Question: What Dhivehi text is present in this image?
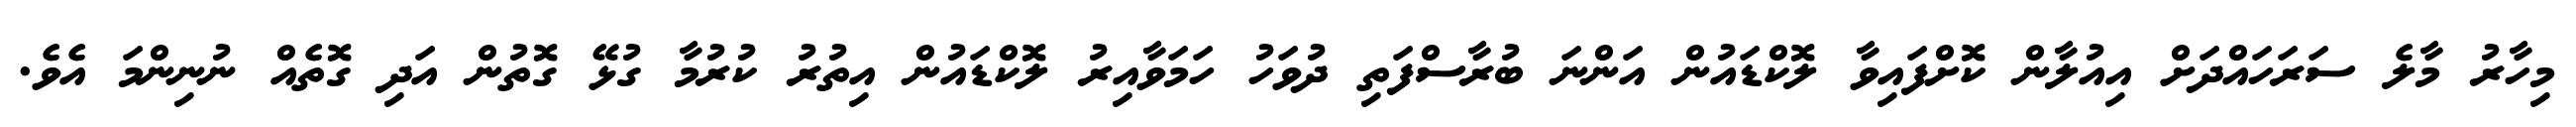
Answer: މިހާރު މާލެ ސަރަހައްދަށް އިއުލާން ކޮށްފައިވާ ލޮކްޑައުން އަންނަ ބުރާސްފަތި ދުވަހު ހަމަވާއިރު ލޮކްޑައުން އިތުރު ކުރުމާ ގުޅޭ ގޮތުން އަދި ގޮތެއް ނުނިންމަ އެވެ.